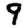
Digit: 9